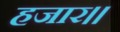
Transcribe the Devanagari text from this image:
हजार।।